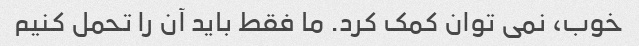
خوب، نمی توان کمک کرد. ما فقط باید آن را تحمل کنیم